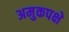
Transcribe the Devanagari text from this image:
अमुकपक्षे